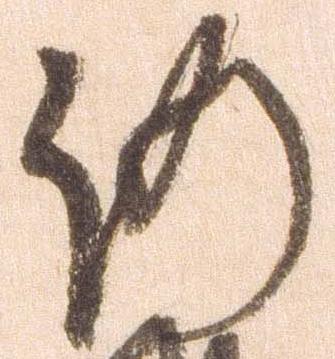
仍